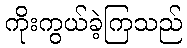
ကိုးကွယ်ခဲ့ကြသည်